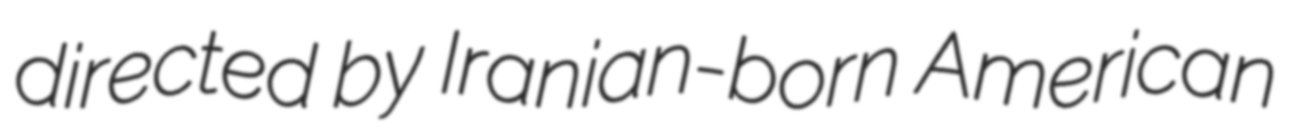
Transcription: directed by Iranian-born American